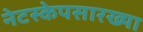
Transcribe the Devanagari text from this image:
नेटस्केपसारख्या